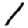
Digit: 1